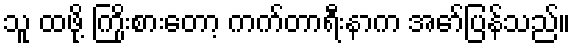
သူ ထဖို့ ကြိုးစားတော့ ကက်တာရီးနာက အော်ပြန်သည်။